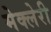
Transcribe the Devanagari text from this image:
मेक्लेरी